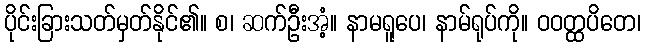
ပိုင်းခြားသတ်မှတ်နိုင်၏။ စ၊ ဆက်ဦးအံ့။ နာမရူပေ၊ နာမ်ရုပ်ကို။ ဝဝတ္ထပိတေ၊